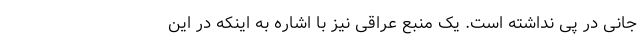
جانی در پی نداشته است. یک منبع عراقی نیز با اشاره به اینکه در این